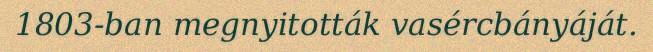
1803-ban megnyitották vasércbányáját.